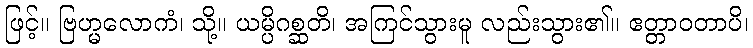
ဖြင့်။ ဗြဟ္မလောကံ၊ သို့။ ယမ္ပိဂစ္ဆတိ၊ အကြင်သွားမူ လည်းသွား၏။ ဧတ္တာဝတာပိ၊